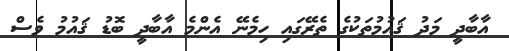
އާބާދީ މަދު ޤައުމުތަކުގެ ތެރޭގައި ހިމެނޭ އެންމެ އާބާދީ ބޮޑު ޤައުމު ވެސް